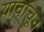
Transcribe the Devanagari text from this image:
यावांचून